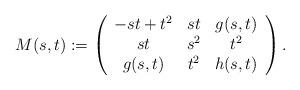
LaTeX: \begin{align*}M(s,t) :=\left(\begin{array}{ccc}-st + t^2 & st & g(s,t) \\ st & s^2 & t^2 \\ g(s,t) & t^2 & h(s,t)\end{array}\right) .\end{align*}